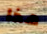
هذا